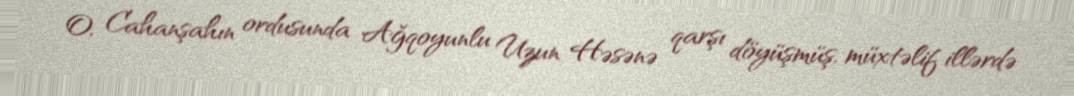
O, Cahanşahın ordusunda Ağqoyunlu Uzun Həsənə qarşı döyüşmüş, müxtəlif illərdə